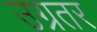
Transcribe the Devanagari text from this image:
उग्रतर